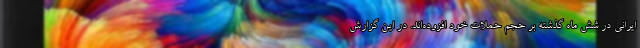
ایرانی در شش ماه گذشته بر حجم حملات خود افزوده‌اند. در این گزارش